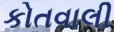
કોતવાલી